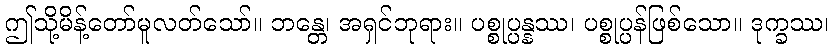
ဤသို့မိန့်တော်မူလတ်သော်။ ဘန္တေ၊ အရှင်ဘုရား။ ပစ္စုပ္ပန္နဿ၊ ပစ္စုပ္ပန်ဖြစ်သော။ ဒုက္ခဿ၊